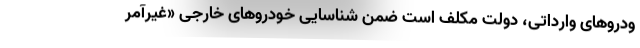
ودروهای وارداتی، دولت مکلف است ضمن شناسایی خودروهای خارجی «غیرآمر